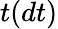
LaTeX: t(dt)